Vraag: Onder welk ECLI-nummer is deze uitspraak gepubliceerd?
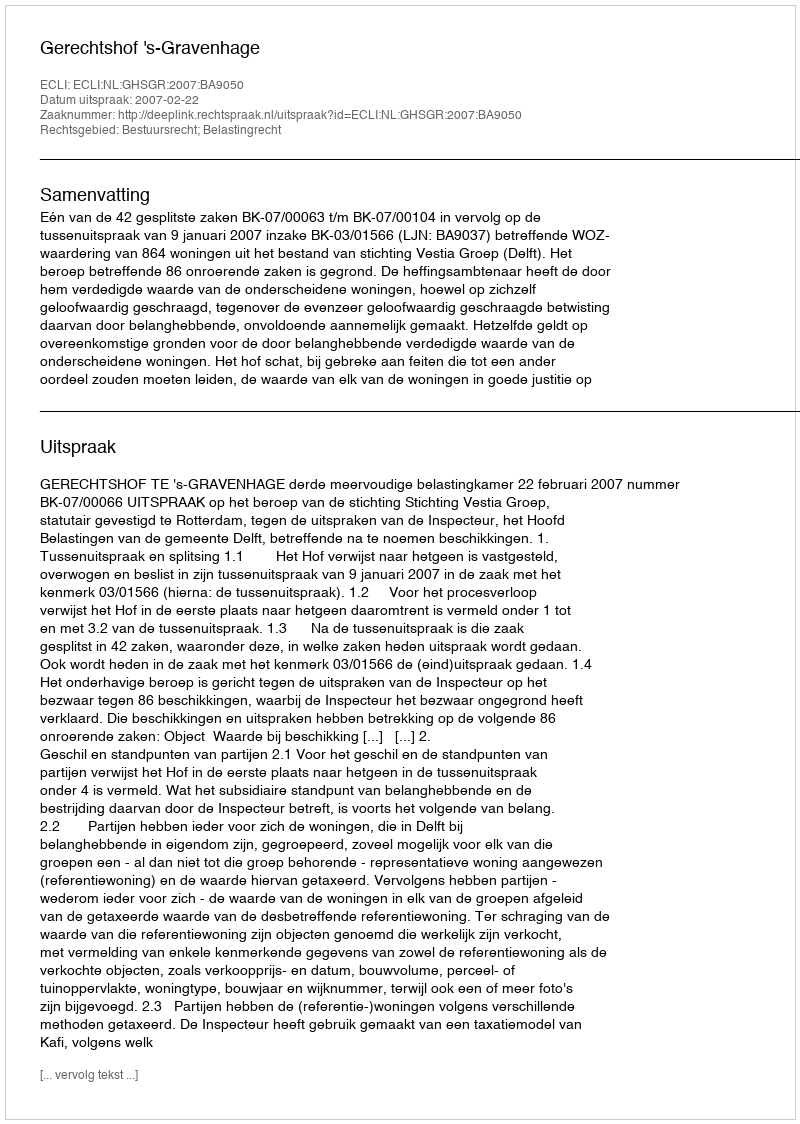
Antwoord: ECLI:NL:GHSGR:2007:BA9050